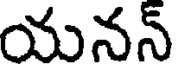
యనన్